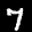
Label: 7